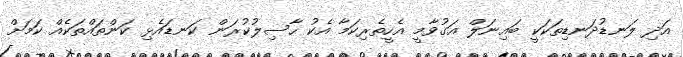
އަދި ލަނޑުދަނޑިތަކަކީ ބައިނަލް އަގުވާމީ އެހީތެރިކަމާ އެކު ހާސިލުކުރަން ކަނޑައެޅި ކަންތައްތަކެއް ކަމަށް